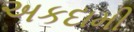
અકદામી